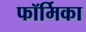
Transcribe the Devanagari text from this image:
फॉर्मिका